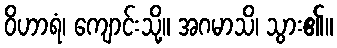
ဝိဟာရံ၊ ကျောင်းသို့။ အဂမာသိ၊ သွား၏။